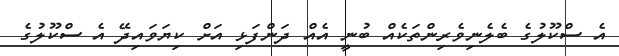
އެ ސްކޫލުގެ ބެލެނިވެރިންތަކެއް ބުނީ އެއް ދަންފަޅި އަށް ކިޔަވައިދޭ އެ ސްކޫލުގެ